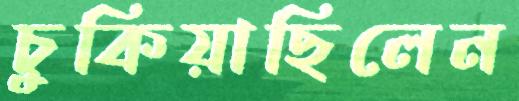
চুকিয়াছিলেন